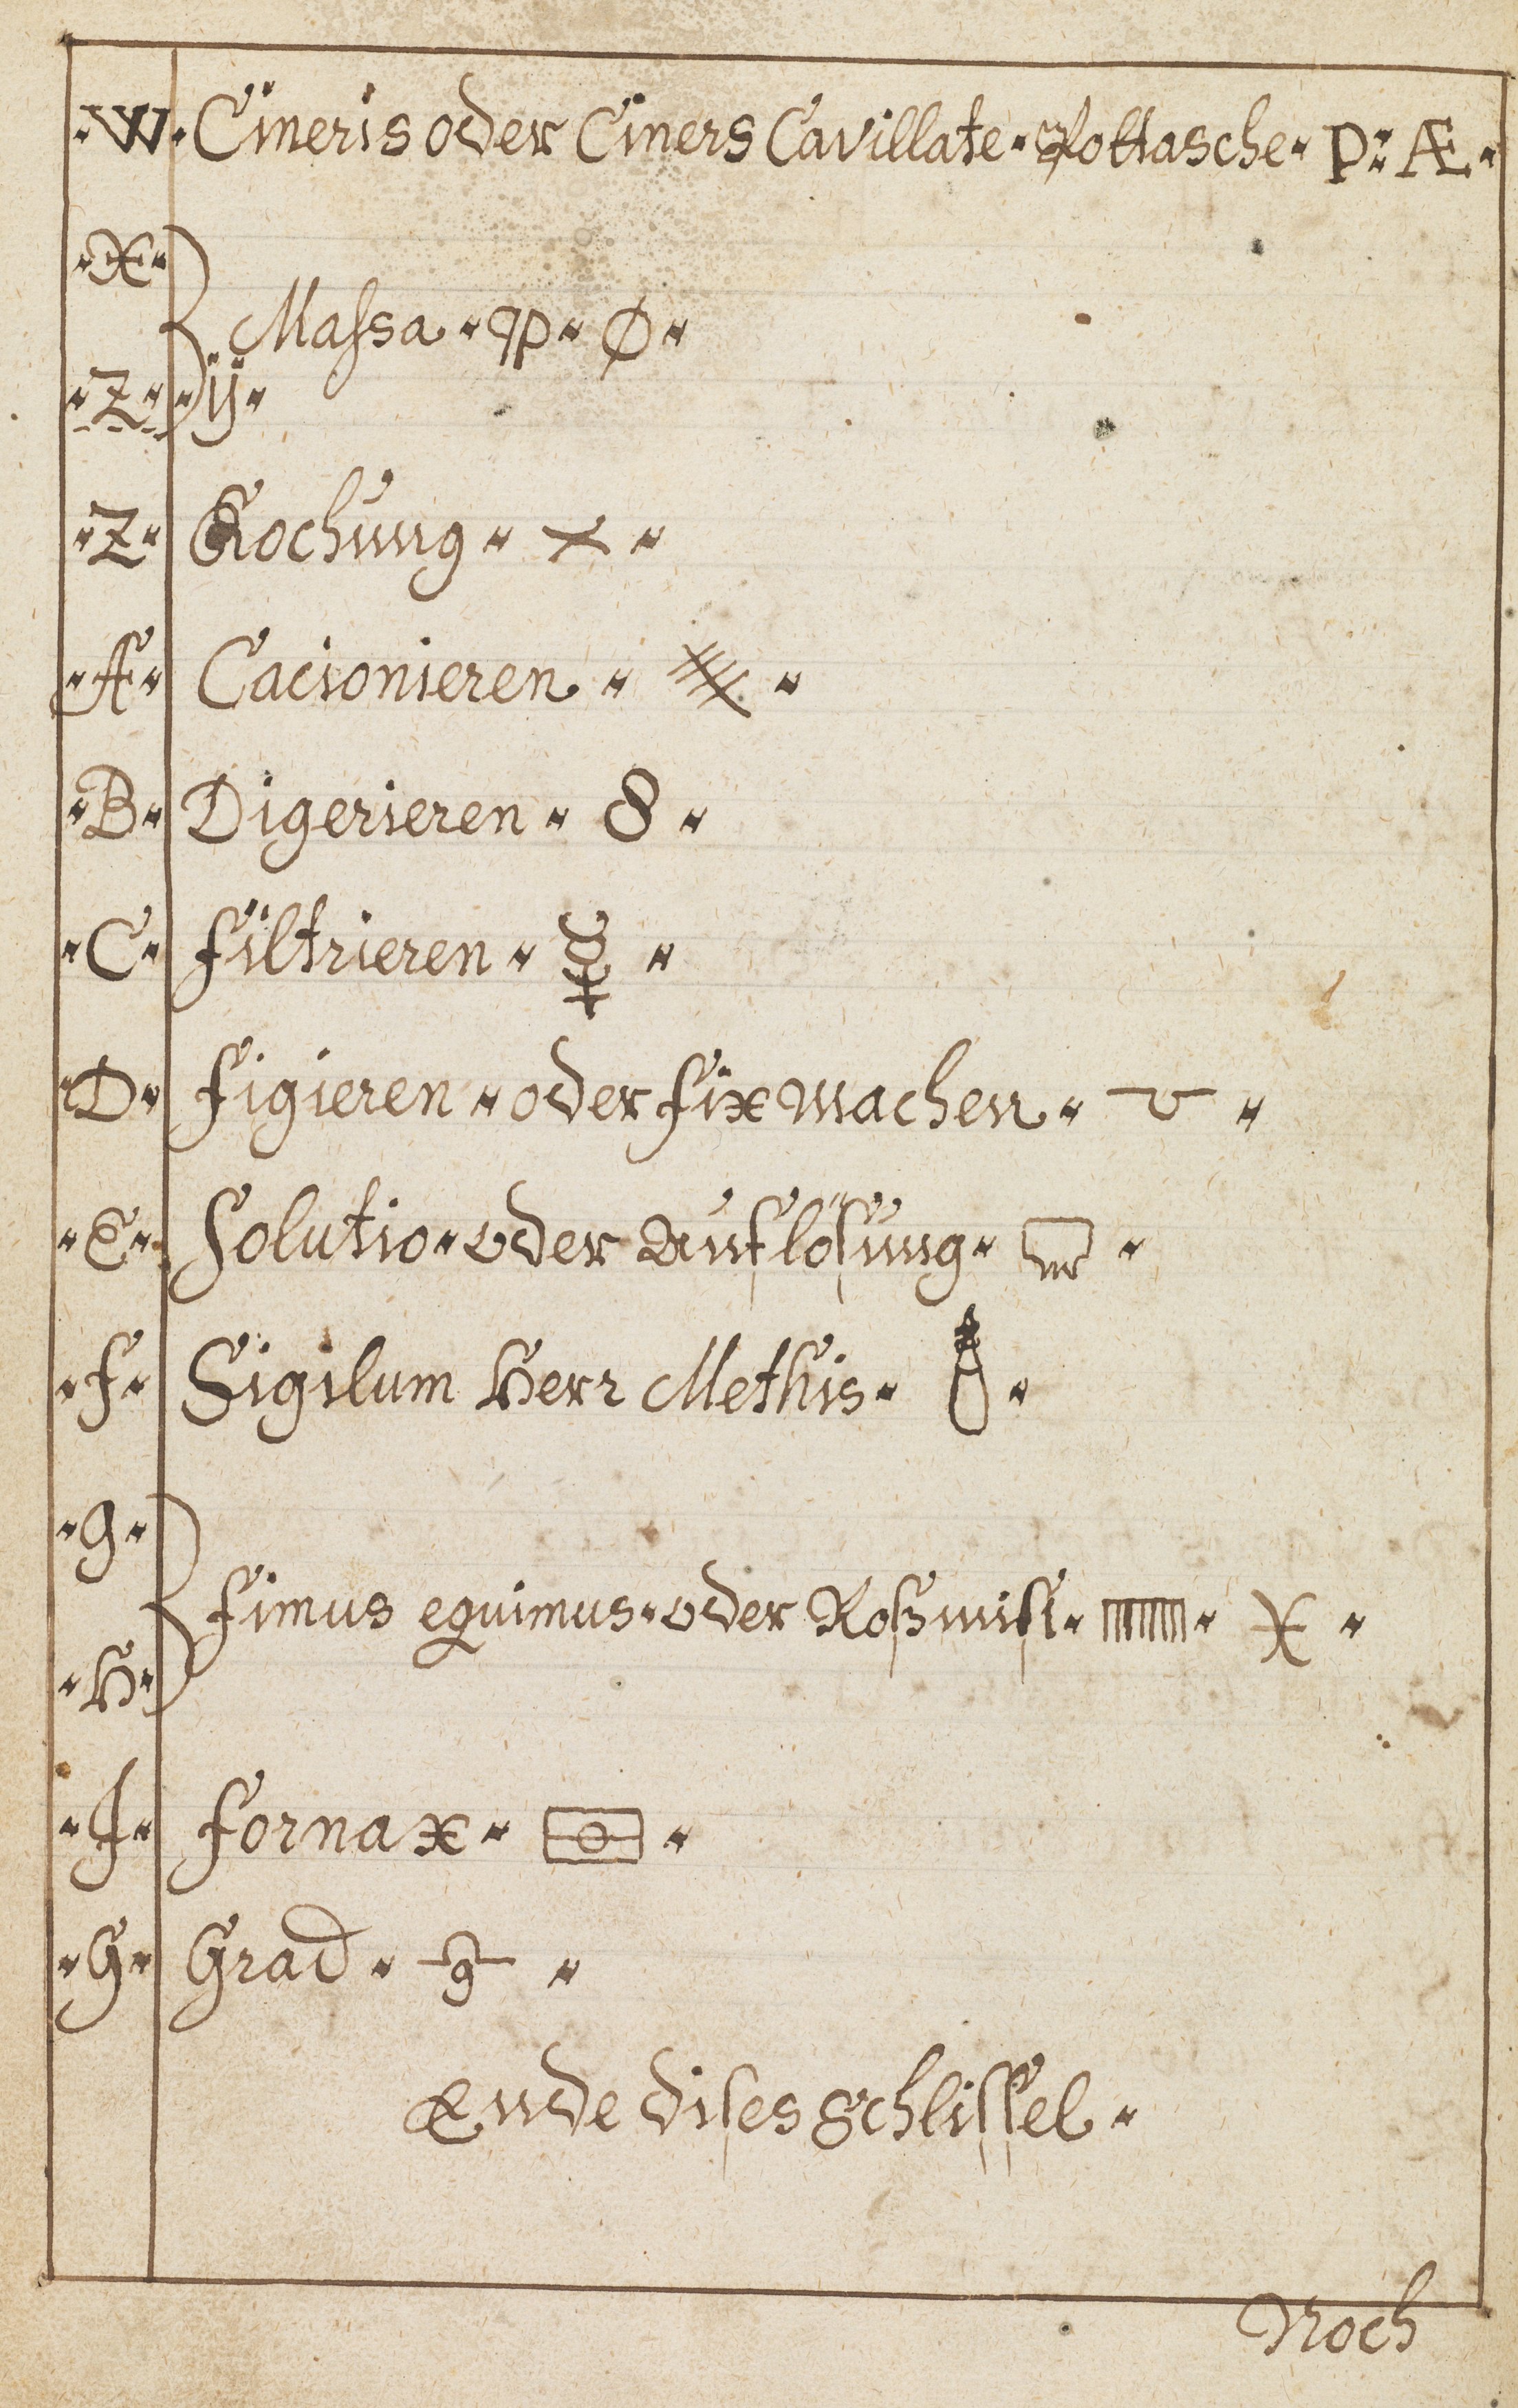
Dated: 1598–1699